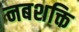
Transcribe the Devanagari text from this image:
नबशक्ति